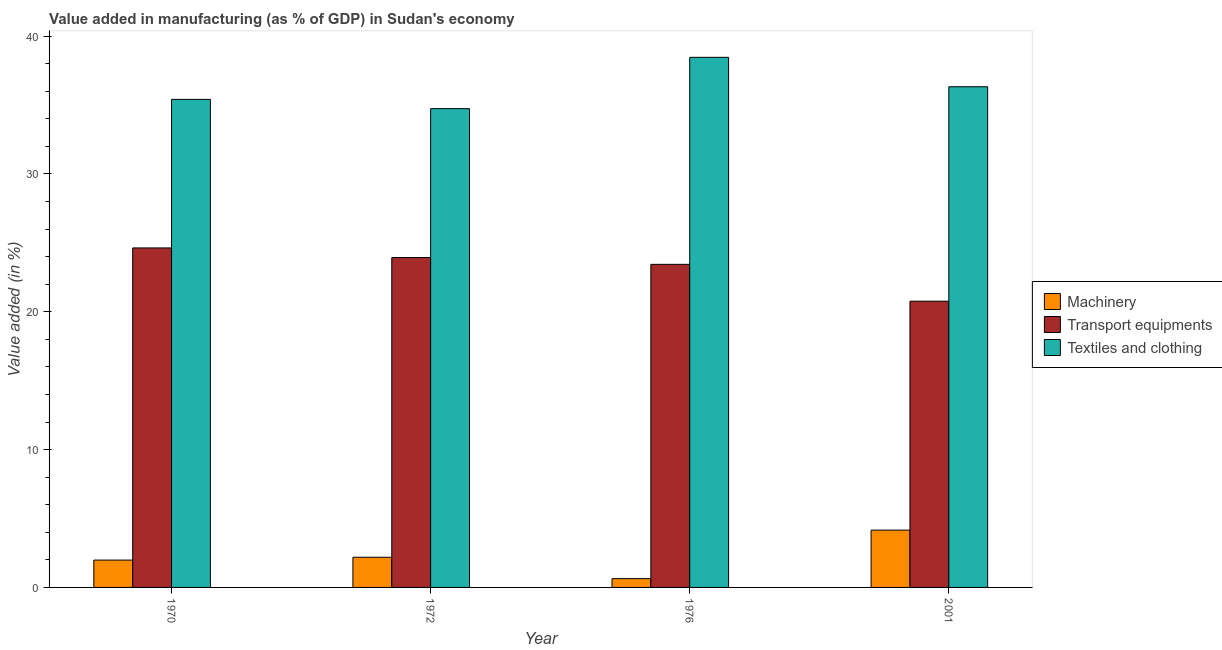
| Year | Machinery | Transport equipments | Textiles and clothing |
 | --- | --- | --- | --- |
 | 1970 | 1.98 | 24.6 | 35.4 |
 | 1972 | 2.19 | 23.9 | 34.7 |
 | 1976 | 0.637 | 23.4 | 38.5 |
 | 2001 | 4.16 | 20.8 | 36.3 |